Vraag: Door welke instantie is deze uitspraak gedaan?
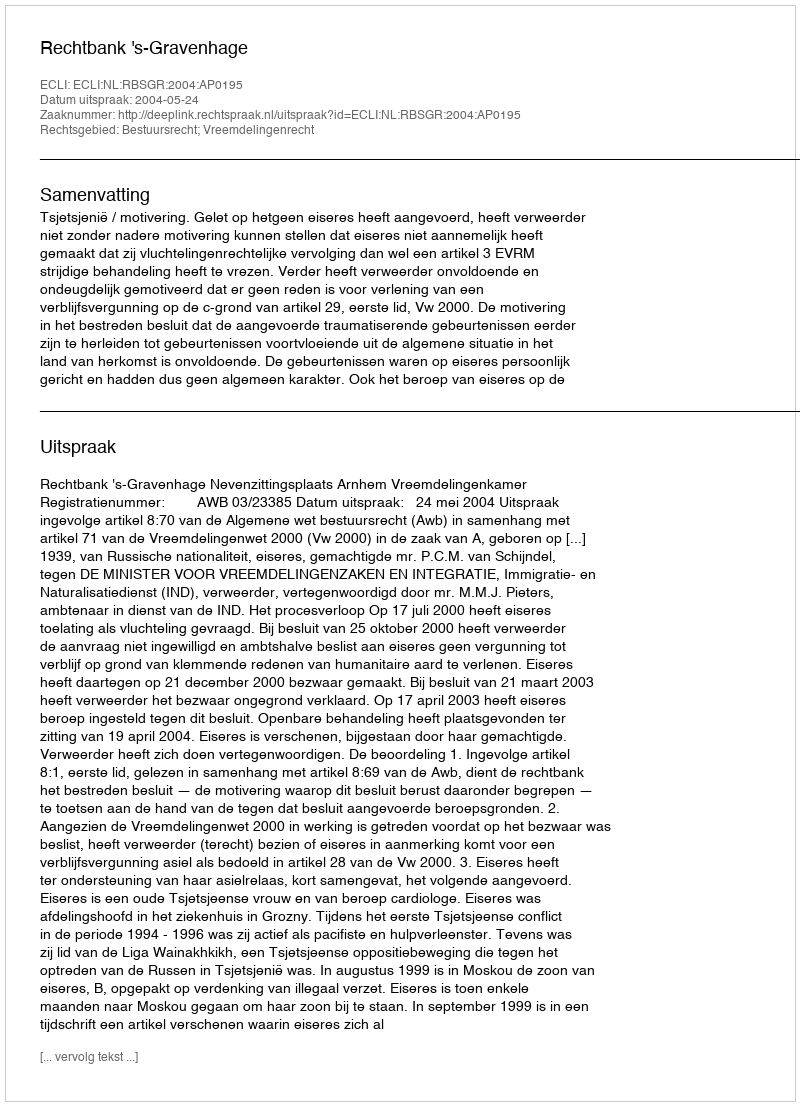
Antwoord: Rechtbank 's-Gravenhage